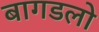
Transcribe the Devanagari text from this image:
बागडलो